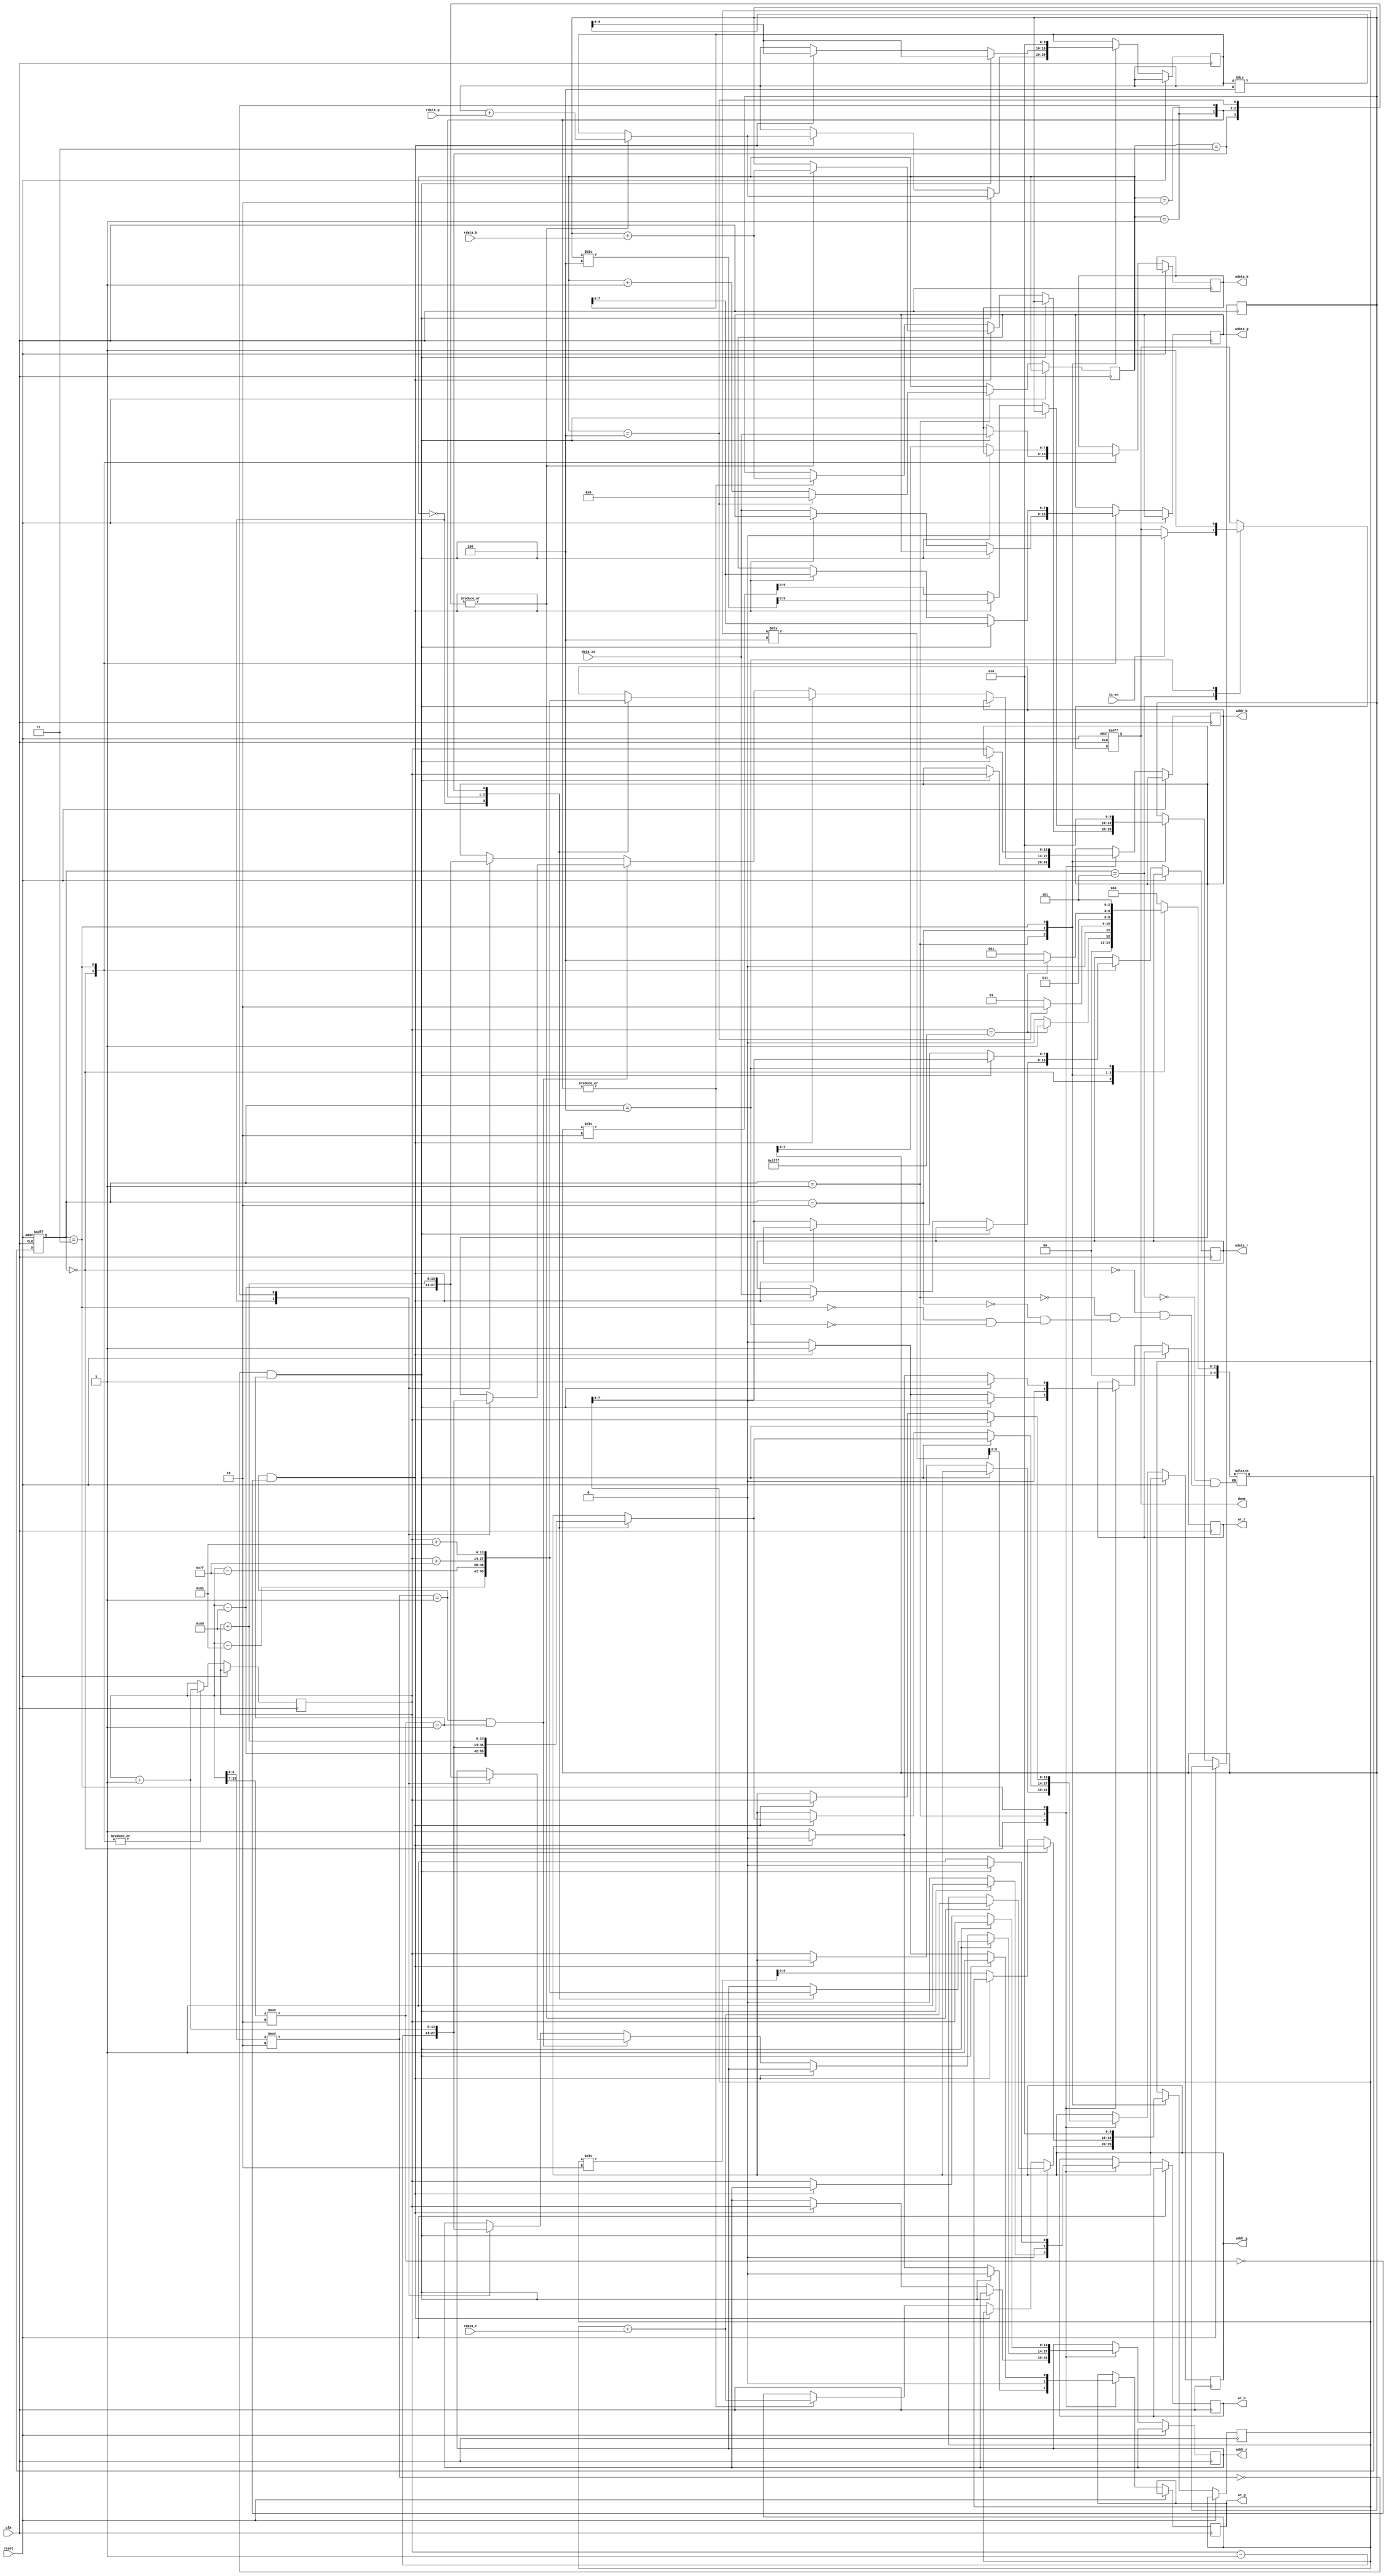
module demosaic(clk, reset, in_en, data_in, wr_r, addr_r, wdata_r, rdata_r, wr_g, addr_g, wdata_g, rdata_g, wr_b, addr_b, wdata_b, rdata_b, done);
input clk;
input reset;
input in_en;
input [7:0] data_in;
output reg wr_r;
output reg [13:0] addr_r;
output reg [7:0] wdata_r;
input [7:0] rdata_r;
output reg wr_g;
output reg [13:0] addr_g;
output reg [7:0] wdata_g;
input [7:0] rdata_g;
output reg wr_b;
output reg [13:0] addr_b;
output reg [7:0] wdata_b;
input [7:0] rdata_b;
output reg done;

reg [4:0] state, nextstate;
// reg [8:0] x=0 , y=0;
reg [13:0] coordinate=13'd1;
reg [3:0] counter=0;
reg [13:0] addr=0;
reg [9:0] result_b=0;
reg [9:0] result_g=0;
reg [9:0] result_r=0;


//state name
localparam R_DATA=0;
localparam FIND=1;
localparam INTER=2;
localparam WRITE=3;
localparam ENDING=4;
localparam INIT=5;



always@(posedge clk or posedge reset)begin
    if(reset) state<=INIT;
    else state<=nextstate;
end

always@(*)begin
    case(state)
        INIT: nextstate=R_DATA;
        R_DATA: begin
            if(coordinate==16383) nextstate=FIND;
            else nextstate=R_DATA;
        end
        FIND: begin
            if(counter==4) nextstate=INTER;
            else nextstate=FIND;
        end
        INTER: nextstate=WRITE;
        WRITE:begin
            if(coordinate==16383) nextstate=ENDING;
            else nextstate=FIND;
        end
        ENDING: nextstate=INIT;
    endcase
end

always@(posedge clk or posedge reset)begin
    if(reset)begin
        done<=0;
    end
    else begin
        case(state)
            INIT:begin
                if(in_en) done<=0;
            end
            R_DATA:begin //16129 cycles
                //odd even x y 128*y+x
                //if x even and y odd - blue
                if(coordinate[6:0]%2==0 && coordinate[13:7]%2==1)begin
                    wr_r<=0; wr_g<=0; wr_b<=1;
                    addr_b<=coordinate;
                    wdata_b<=data_in;
                end
                //if x odd and y even - red
                else if(coordinate[6:0]%2==1 && coordinate[13:7]%2==0)begin
                    wr_r<=1; wr_g<=0; wr_b<=0;
                    addr_r<=coordinate;
                    wdata_r<=data_in;
                end
                //if x even and y even - green
                //if x odd and y odd - green
                else begin
                    wr_r<=0; wr_g<=1; wr_b<=0;
                    addr_g<=coordinate;
                    wdata_g<=data_in;
                end
                coordinate<=coordinate+1;
            end
            FIND:begin
                wr_r<=0; wr_g<=0; wr_b<=0;
                if(coordinate[6:0]%2==0 && coordinate[13:7]%2==1)begin
                    case(counter)
                        0:begin
                            addr_r<=coordinate-129;
                            addr_g<=coordinate-128;
                        end
                        1:begin
                            addr_r<=coordinate-127;
                            addr_g<=coordinate-1;

                            result_r<=result_r+rdata_r;
                            result_g<=result_g+rdata_g;
                        end
                        2:begin
                            addr_r<=coordinate+127;
                            addr_g<=coordinate+1;

                            result_r<=result_r+rdata_r;
                            result_g<=result_g+rdata_g;
                        end
                        3:begin
                            addr_r<=coordinate+129;
                            addr_g<=coordinate+128;

                            result_r<=result_r+rdata_r;
                            result_g<=result_g+rdata_g;
                        end
                        4:begin
                            result_r<=result_r+rdata_r;
                            result_g<=result_g+rdata_g;
                        end
                    endcase
                end
                //red
                else if(coordinate[6:0]%2==1 && coordinate[13:7]%2==0)begin
                    case(counter)
                        0:begin
                            addr_b<=coordinate-129;
                            addr_g<=coordinate-128;
                        end
                        1:begin
                            addr_b<=coordinate-127;
                            addr_g<=coordinate-1;

                            result_b<=result_b+rdata_b;
                            result_g<=result_g+rdata_g;
                        end
                        2:begin
                            addr_b<=coordinate+127;
                            addr_g<=coordinate+1;

                            result_b<=result_b+rdata_b;
                            result_g<=result_g+rdata_g;
                        end
                        3:begin
                            addr_b<=coordinate+129;
                            addr_g<=coordinate+128;

                            result_b<=result_b+rdata_b;
                            result_g<=result_g+rdata_g;
                        end
                        4:begin
                            result_b<=result_b+rdata_b;
                            result_g<=result_g+rdata_g;
                        end
                    endcase
                end
                //green 1
                else if(coordinate[6:0]%2==1 && coordinate[13:7]%2==1)begin
                    case(counter)
                        0:begin
                            addr_b<=coordinate-1;
                            addr_r<=coordinate-128;
                        end
                        1:begin
                            addr_b<=coordinate+1;
                            addr_r<=coordinate+128;

                            result_b<=result_b+rdata_b;
                            result_r<=result_r+rdata_r;
                        end
                        2:begin
                            result_b<=result_b+rdata_b;
                            result_r<=result_r+rdata_r;
                        end
                        default:begin//do nothing
                            result_b<=result_b;
                        end
                    endcase
                end
                //green 4
                else begin
                    case(counter)
                        0:begin
                            addr_b<=coordinate-128;
                            addr_r<=coordinate-1;
                        end
                        1:begin
                            addr_b<=coordinate+128;
                            addr_r<=coordinate+1;

                            result_b<=result_b+rdata_b;
                            result_r<=result_r+rdata_r;
                        end
                        2:begin
                            result_b<=result_b+rdata_b;
                            result_r<=result_r+rdata_r;
                        end
                        default:begin//do nothing
                            result_b<=result_b;
                        end
                    endcase
                end

                if(counter==4) counter<=0;
                else counter<=counter+1;
            end
            INTER:begin
                //blue
                if(coordinate[6:0]%2==0 && coordinate[13:7]%2==1)begin
                    result_r<=result_r/4;
                    result_g<=result_g/4;
                end
                //red
                else if(coordinate[6:0]%2==1 && coordinate[13:7]%2==0)begin
                    result_b<=result_b/4;
                    result_g<=result_g/4;
                end
                //green
                else begin
                    result_b<=result_b/2;
                    result_r<=result_r/2;
                end
            end
            WRITE:begin
                //blue
                if(coordinate[6:0]%2==0 && coordinate[13:7]%2==1)begin
                    wr_r<=1; wr_g=1; wr_b<=0;
                    addr_r<=coordinate; addr_g<=coordinate;
                    wdata_r<=result_r; wdata_g<=result_g;
                end
                //red
                else if(coordinate[6:0]%2==1 && coordinate[13:7]%2==0)begin
                    wr_r<=0; wr_g=1; wr_b<=1;
                    addr_b<=coordinate; addr_g<=coordinate;
                    wdata_b<=result_b; wdata_g<=result_g;
                end
                else begin
                    wr_r<=1; wr_g=0; wr_b<=1;
                    addr_b<=coordinate; addr_r<=coordinate;
                    wdata_b<=result_b; wdata_r<=result_r;
                end

                coordinate<=coordinate+1;
                result_b<=0;
                result_g<=0;
                result_r<=0;
            end
            ENDING:begin
                done<=1;
            end
        endcase
    end
end


endmodule